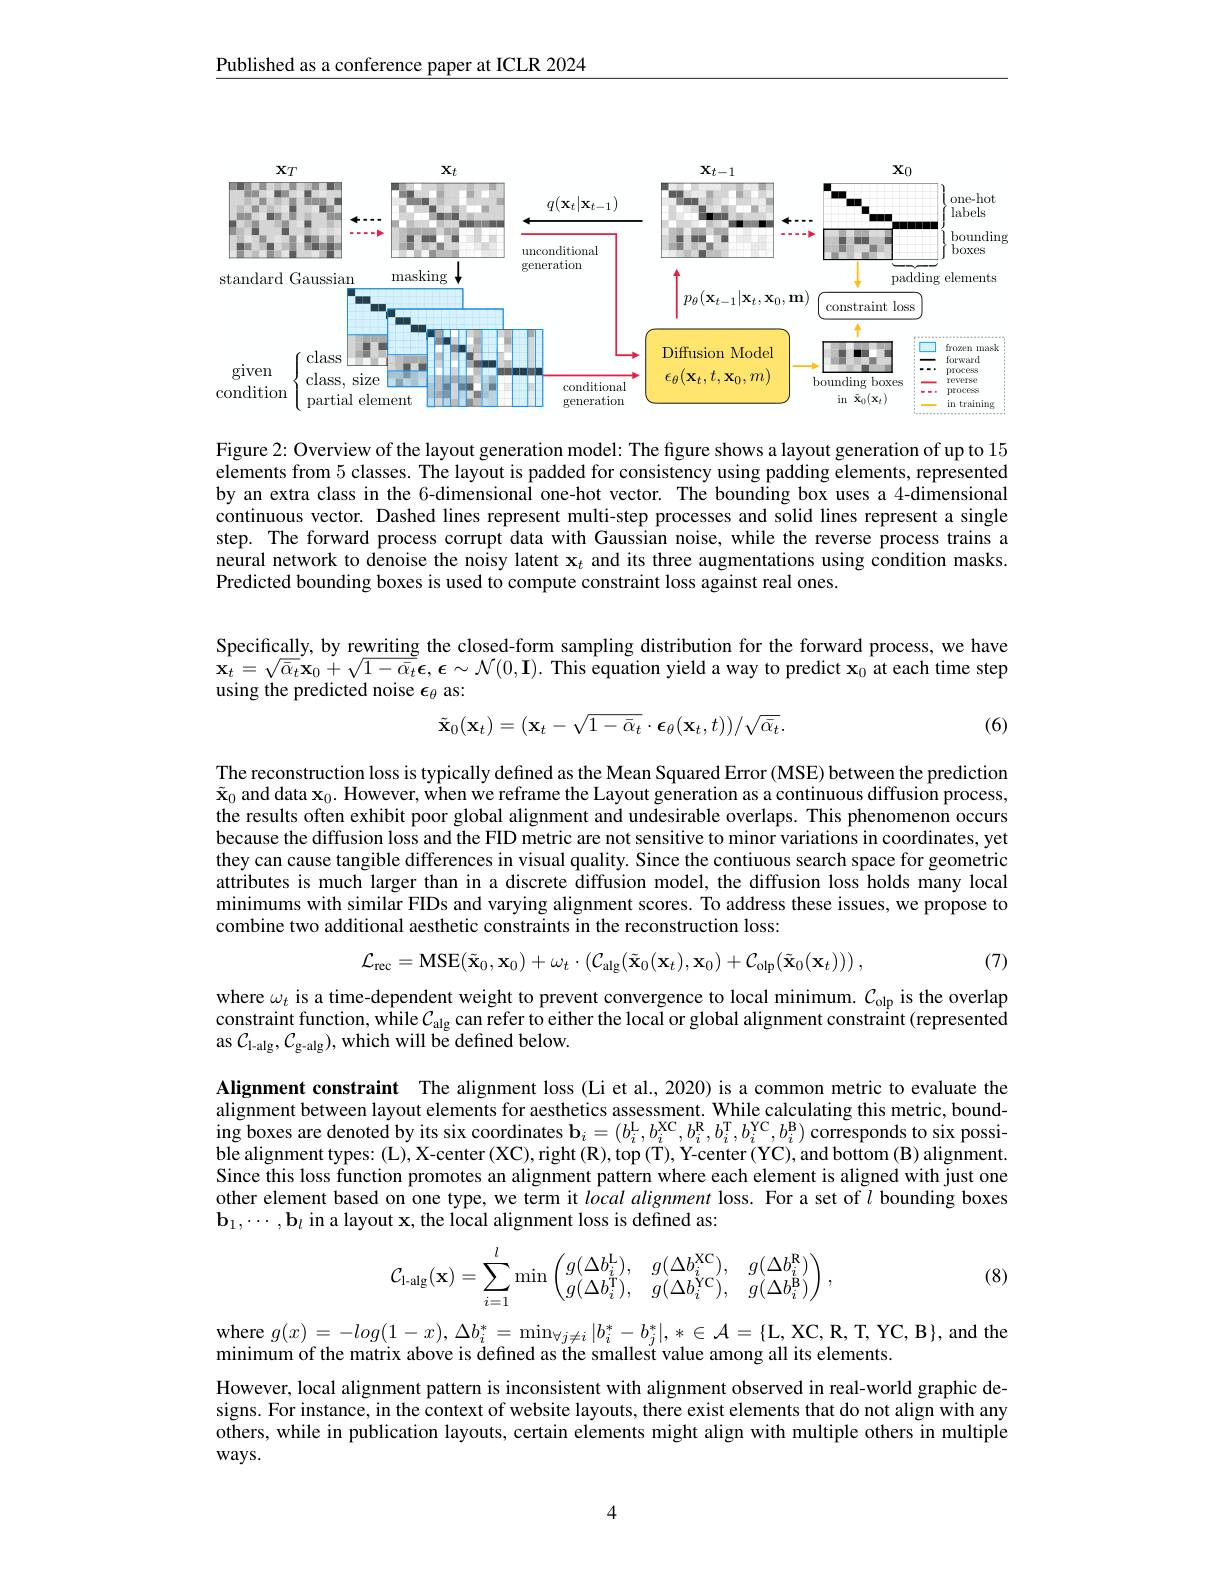
Published as a conference paper at ICLR 2024

<FigureHere>

Figure 2: Overview of the layout generation model: The figure shows a layout generation of up to 15 elements from 5 classes. The layout is padded for consistency using padding elements, represented by an extra class in the 6-dimensional one-hot vector. The bounding box uses a 4-dimensional continuous vector. Dashed lines represent multi-step processes and solid lines represent a single step. The forward process corrupt data with Gaussian noise, while the reverse process trains a neural network to denoise the noisy latent $\mathbf{x}_t$ and its three augmentations using condition masks. Predicted bounding boxes is used to compute constraint loss against real ones.

Specifically, by rewriting the closed-form sampling distribution for the forward process, we have $\mathbf{x}_{t}=\sqrt{\bar{\alpha}_{t}}\mathbf{x}_{0}+\sqrt{1-\bar{\alpha}_{t}}\mathbf{\epsilon},\boldsymbol{\epsilon}\sim\mathcal{N}(0,\mathbf{I}).$ This equation yield a way to predict $\mathbf{x}_{0}$ at each time step using the predicted noise $\epsilon_\theta$ as:
$$\tilde{\mathbf{x}}_{0}(\mathbf{x}_{t})=(\mathbf{x}_{t}-\sqrt{1-\bar{\alpha}_{t}}\cdot\boldsymbol{\epsilon}_{\theta}(\mathbf{x}_{t},t))/\sqrt{\bar{\alpha}_{t}}.$$
(6)

The reconstruction loss is typically defined as the Mean Squared Error (MSE) between the prediction $\tilde{\mathbf{x}}_0$ and data $\mathbf{x}_0.$ However, when we reframe the Layout generation as a continuous diffusion process, the results often exhibit poor global alignment and undesirable overlaps. This phenomenon occurs because the diffusion loss and the FID metric are not sensitive to minor variations in coordinates, yet they can cause tangible differences in visual quality. Since the contiuous search space for geometric attributes is much larger than in a discrete diffusion model, the diffusion loss holds many local minimums with similar FIDs and varying alignment scores. To address these issues, we propose to combine two additional aesthetic constraints in the reconstruction loss:
$$\mathcal{L}_{\mathrm{rec}}=\mathrm{MSE}(\tilde{\mathbf{x}}_{0},\mathbf{x}_{0})+\omega_{t}\cdot(\mathcal{C}_{\mathrm{alg}}(\tilde{\mathbf{x}}_{0}(\mathbf{x}_{t}),\mathbf{x}_{0})+\mathcal{C}_{\mathrm{olp}}(\tilde{\mathbf{x}}_{0}(\mathbf{x}_{t})))\:,$$
(7)

where $\omega_t$ is a time-dependent weight to prevent convergence to local minimum. $\mathcal{C}_\mathrm{olp}$ is the overlap constraint function, while$\mathcal{C}_\mathrm{alg}$ can refer to either the local or global alignment constraint (represented as $\mathcal{C}_\mathrm{l-alg},\mathcal{C}_\mathrm{g-alg})$,which will be defined below.

Alignment constraint The alignment loss (Li et al., 2020) is a common metric to evaluate the alignment between layout elements for aesthetics assessment. While calculating this metric, bounding boxes are denoted by its six coordinates $\mathbf{b} _{i}= ( b_{i}^{\mathrm{L} }, b_{i}^{\mathrm{XC}}, b_{i}^{\mathrm{R} }, b_{i}^{\mathrm{T} }, b_{i}^{\mathrm{YC}}, b_{i}^{\mathrm{B} })$ corresponds to six possi- ing boxes are denoted by its six coordinates $\mathbf{b} _{i}= ( b_{i}^{\mathrm{L} }, b_{i}^{\mathrm{XC}}, b_{i}^{\mathrm{R} }$ ble alignment types: (L), X-center (XC), right (R), top (T), Y-center (YC), and bottom (B) alignment Since this loss function promotes an alignment pattern where each element is aligned with just one other element based on one type, we term it local alignment loss. For a set of $l$ bounding boxes $\mathbf{b}_1,\cdots,\mathbf{b}_l$ in a layout x, the local alignment loss is defined as:
$$\mathcal C_{\mathrm{l-alg}}(\mathbf{x})=\sum\limits_{i=1}^l\min\begin{pmatrix}g(\Delta b_i^\mathrm{L}),&g(\Delta b_i^\mathrm{XC}),&g(\Delta b_i^\mathrm{R})\\g(\Delta b_i^\mathrm{T}),&g(\Delta b_i^\mathrm{YC}),&g(\Delta b_i^\mathrm{B})\end{pmatrix},$$
(8)

where $g( x) = - log( 1- x) , \Delta b_{i}^{* }= \min _{\forall j\neq i}| b_{i}^{* }- b_{j}^{* }| , * \in \mathcal{A} = \{$L, XC, R, T, YC, B$\} $, and the
minimum of the matrix above is defined as the smallest value among all its elements.
However, local alignment pattern is inconsistent with alignment observed in real-world graphic designs. For instance, in the context of website layouts, there exist elements that do not align with any others, while in publication layouts, certain elements might align with multiple others in multiple $ways.$

4